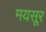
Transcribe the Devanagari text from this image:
मयसूर